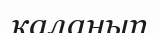
қаланып